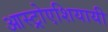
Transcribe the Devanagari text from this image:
आस्ट्रोएशियायी